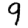
Digit: 9